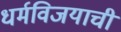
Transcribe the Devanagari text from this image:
धर्मविजयाची